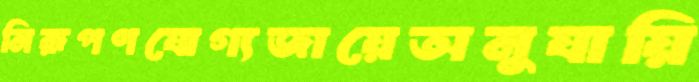
নিরূপণযোগ্যজায়েঅনুযায়ি